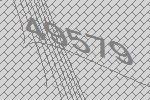
49579